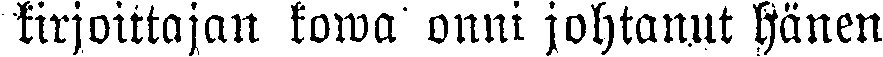
kirjottajan kowa onni johtanut hänen